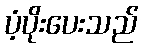
ပံ့ပိုးပေးသည်